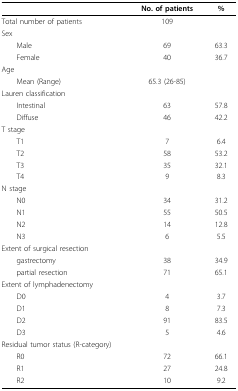
<table><thead><tr><td></td><td><b>No. of patients</b></td><td><b>%</b></td></tr></thead><tbody><tr><td>Total number of patients</td><td>109</td><td></td></tr><tr><td>Sex</td><td></td><td></td></tr><tr><td> Male</td><td>69</td><td>63.3</td></tr><tr><td> Female</td><td>40</td><td>36.7</td></tr><tr><td>Age</td><td></td><td></td></tr><tr><td> Mean (Range)</td><td>65.3 (26-85)</td><td></td></tr><tr><td>Lauren classification</td><td></td><td></td></tr><tr><td> Intestinal</td><td>63</td><td>57.8</td></tr><tr><td> Diffuse</td><td>46</td><td>42.2</td></tr><tr><td>T stage</td><td></td><td></td></tr><tr><td> T1</td><td>7</td><td>6.4</td></tr><tr><td> T2</td><td>58</td><td>53.2</td></tr><tr><td> T3</td><td>35</td><td>32.1</td></tr><tr><td> T4</td><td>9</td><td>8.3</td></tr><tr><td>N stage</td><td></td><td></td></tr><tr><td> N0</td><td>34</td><td>31.2</td></tr><tr><td> N1</td><td>55</td><td>50.5</td></tr><tr><td> N2</td><td>14</td><td>12.8</td></tr><tr><td> N3</td><td>6</td><td>5.5</td></tr><tr><td>Extent of surgical resection</td><td></td><td></td></tr><tr><td> gastrectomy</td><td>38</td><td>34.9</td></tr><tr><td> partial resection</td><td>71</td><td>65.1</td></tr><tr><td>Extent of lymphadenectomy</td><td></td><td></td></tr><tr><td> D0</td><td>4</td><td>3.7</td></tr><tr><td> D1</td><td>8</td><td>7.3</td></tr><tr><td> D2</td><td>91</td><td>83.5</td></tr><tr><td> D3</td><td>5</td><td>4.6</td></tr><tr><td>Residual tumor status (R-category)</td><td></td><td></td></tr><tr><td> R0</td><td>72</td><td>66.1</td></tr><tr><td> R1</td><td>27</td><td>24.8</td></tr><tr><td> R2</td><td>10</td><td>9.2</td></tr></tbody></table>